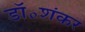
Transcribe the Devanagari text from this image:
डॉ॰शंकर